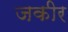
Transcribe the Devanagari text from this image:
जकीर